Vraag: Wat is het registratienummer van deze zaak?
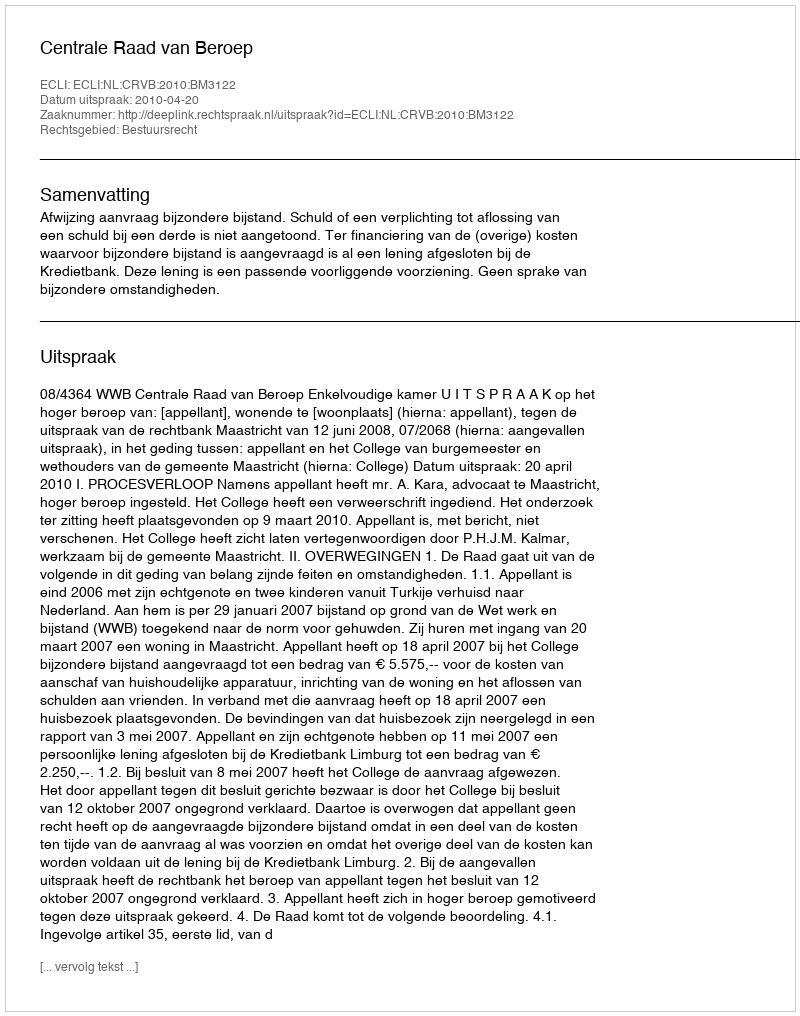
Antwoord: http://deeplink.rechtspraak.nl/uitspraak?id=ECLI:NL:CRVB:2010:BM3122